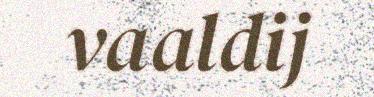
vaaldij